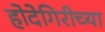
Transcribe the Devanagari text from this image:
होदेगिरीच्या